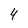
Character: 4